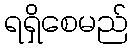
ရရှိစေမည်